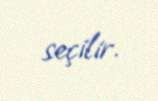
seçilir.